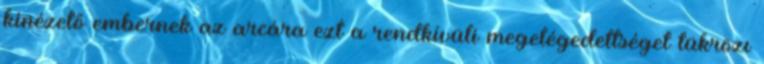
kinézető embernek az arcára ezt a rendkívüli megelégedettséget tükrözı